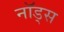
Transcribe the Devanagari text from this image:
नॉड्स